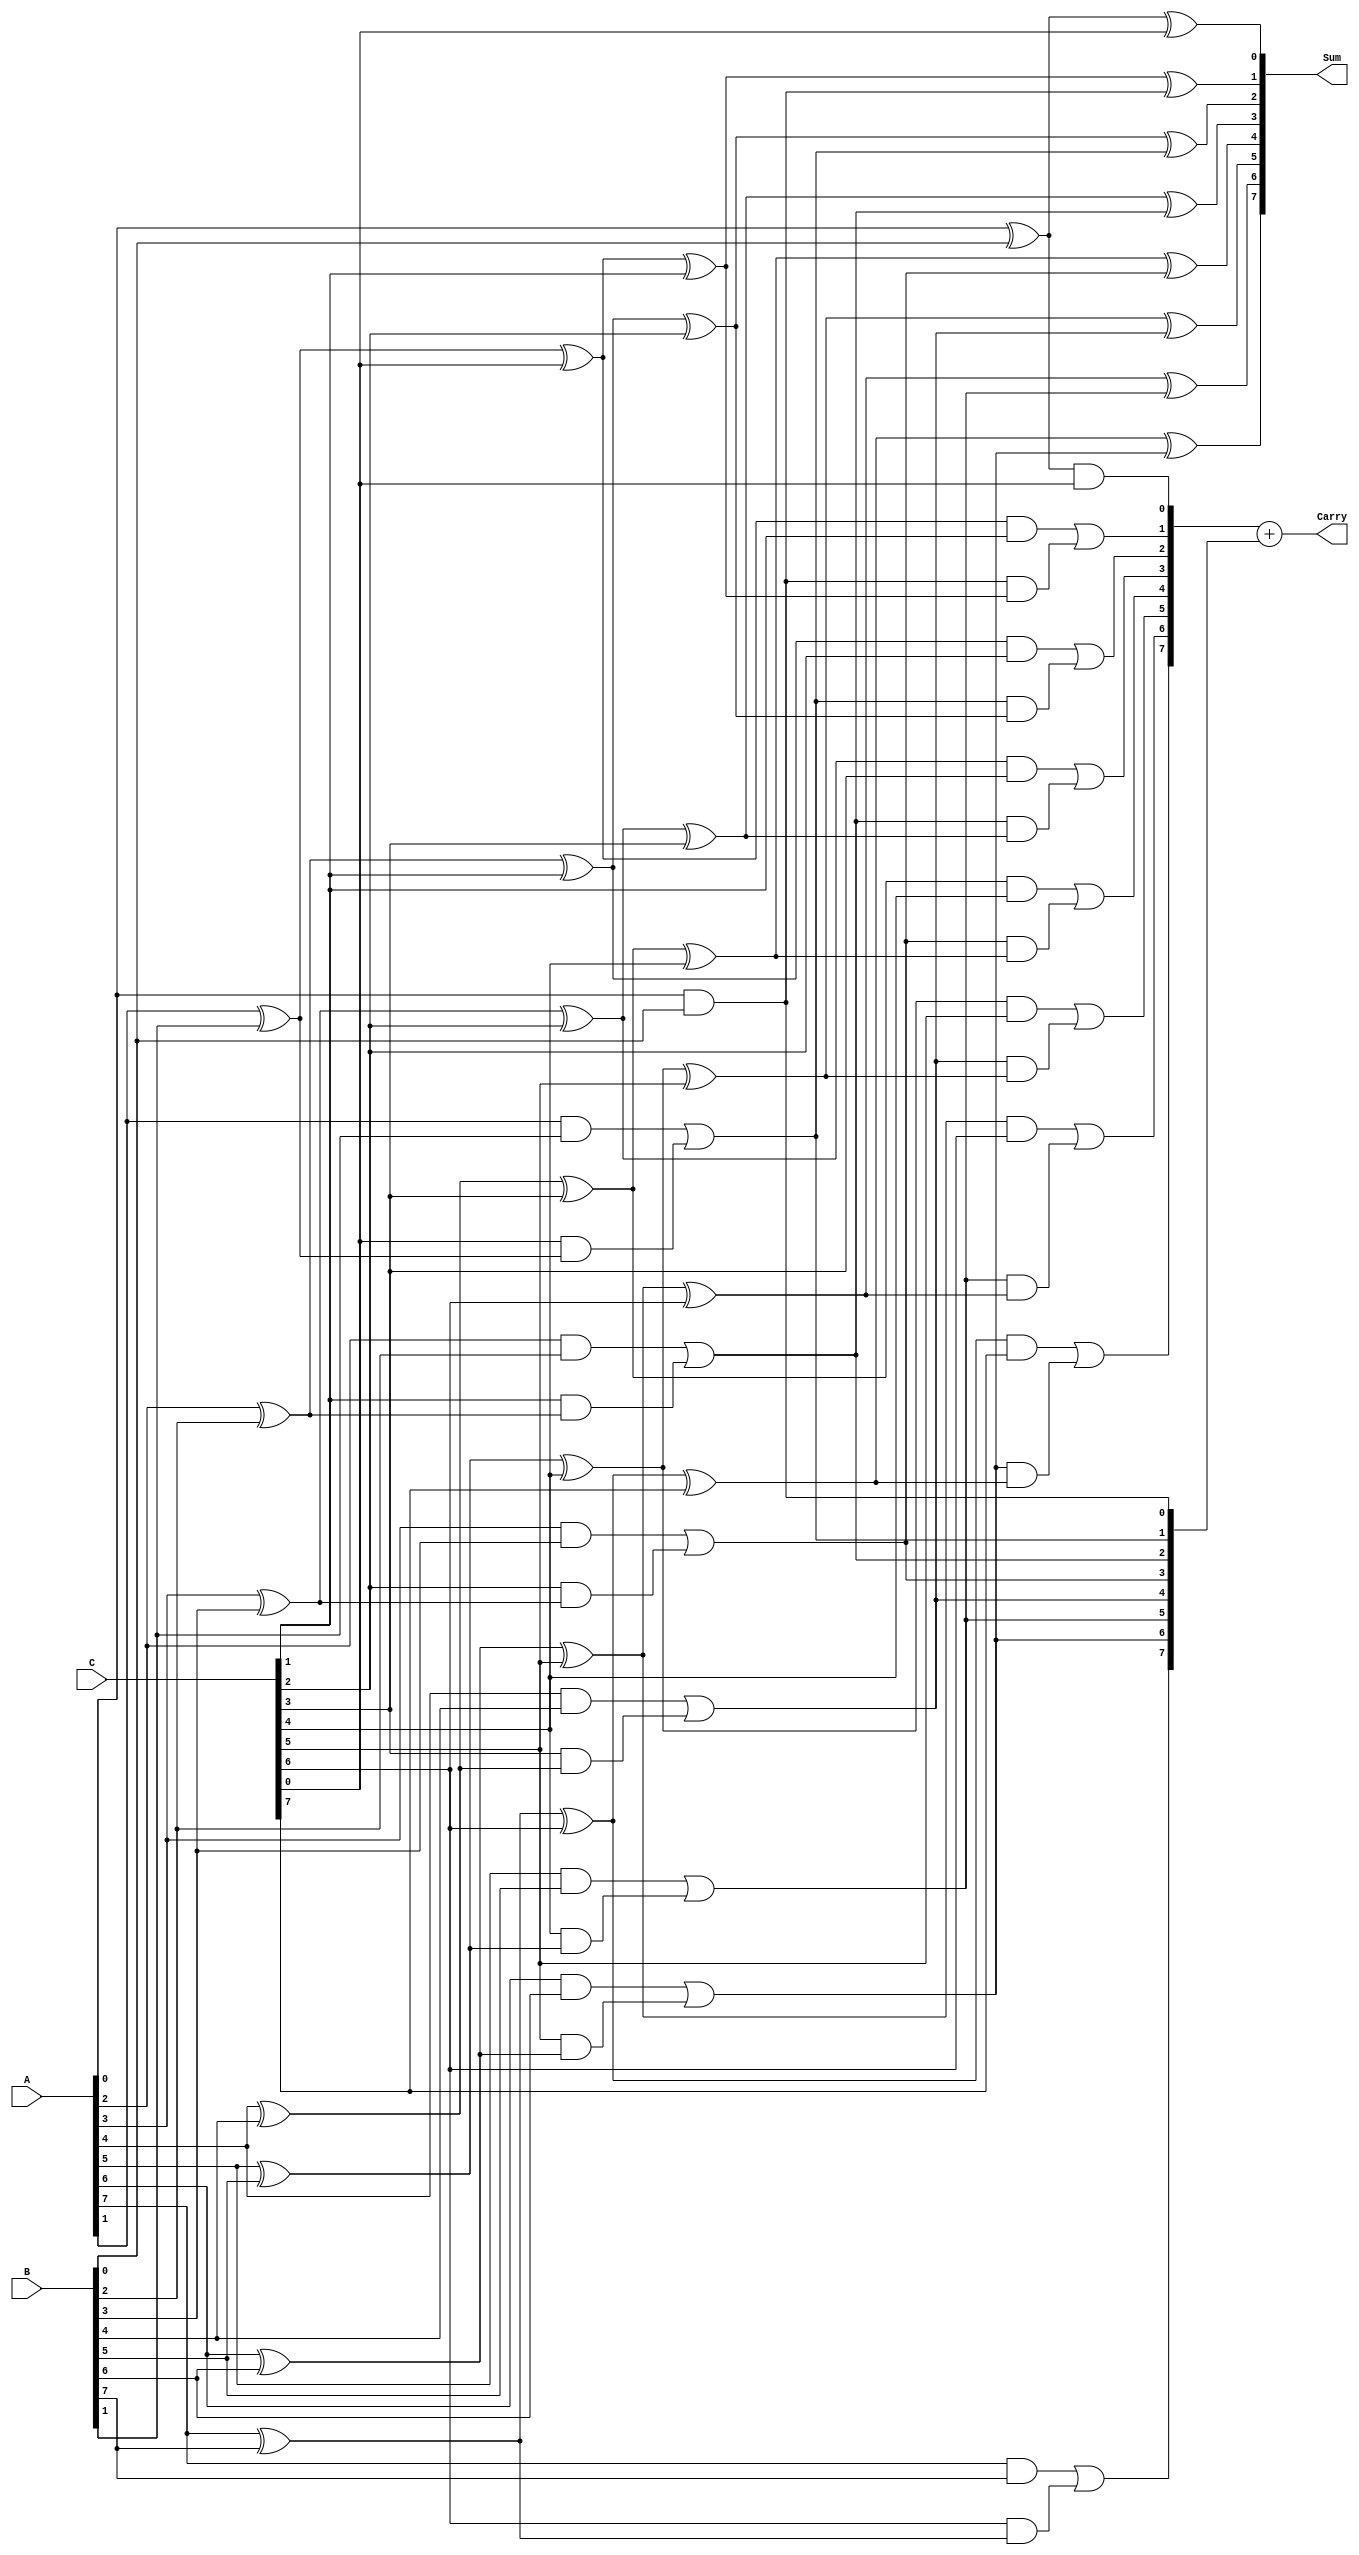
module ModifiedCarrySaveAdder #(parameter n = 8) (
    input  [n-1:0] A, // First operand
    input  [n-1:0] B, // Second operand
    input  [n-1:0] C, // Third operand
    output [n-1:0] Sum, // Final sum output
    output [n:0] Carry // Final carry output
);
    wire [n-1:0] P1, P2; // Partial sums
    wire [n-1:0] C1, C2; // Carry bits

    // Generate partial sums and carries using half adders and full adders
    genvar i;
    generate
        for (i = 0; i < n; i = i + 1) begin : adder_stage
            if (i == 0) begin
                // Half adder for the least significant bit
                assign P1[i] = A[i] ^ B[i];
                assign C1[i] = A[i] & B[i];
            end else begin
                // Full adder for subsequent bits
                assign P1[i] = A[i] ^ B[i] ^ C[i-1];
                assign C1[i] = (A[i] & B[i]) | (C[i-1] & (A[i] ^ B[i]));
            end
        end
    endgenerate

    // Generate the second stage of partial sums and carries
    generate
        for (i = 0; i < n; i = i + 1) begin : carry_save_stage
            if (i == 0) begin
                // Half adder for the least significant bit of the carry save
                assign P2[i] = P1[i] ^ C[i];
                assign C2[i] = P1[i] & C[i];
            end else begin
                // Full adder for subsequent bits of the carry save
                assign P2[i] = P1[i] ^ C[i] ^ C1[i-1];
                assign C2[i] = (P1[i] & C[i]) | (C1[i-1] & (P1[i] ^ C[i]));
            end
        end
    endgenerate

    // Final carry propagation stage
    assign Sum = P2; // The final sum is the last stage of partial sums
    assign Carry = C2 + {1'b0, C1}; // Combine carry bits for final carry output

endmodule